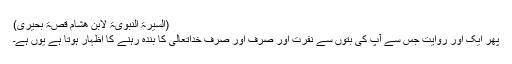
(السیرۃ النبویۃ لابن ھشام قِصۃ بحیرٰی)
پھر ایک اور روایت جس سے آپؐ کی بتوں سے نفرت اور صرف اور صرف خداتعالیٰ کا بندہ رہنے کا اظہار ہوتا ہے یوں ہے۔